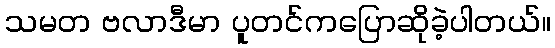
သမတ ဗလာဒီမာ ပူတင်ကပြောဆိုခဲ့ပါတယ်။